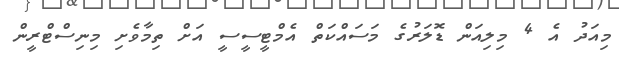
މިއަދު އެ 4 މިލިއަން ޑޮލަރުގެ މަސައްކަތް އެމްޓީސީސީ އަށް ތިމާވެށި މިނިސްޓްރީން